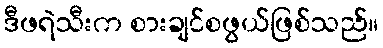
ဒီဖရဲသီးက စားချင်စဖွယ်ဖြစ်သည်။